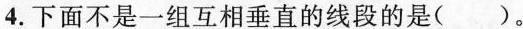
4.下面不是一组互相垂直的线段的是( )。